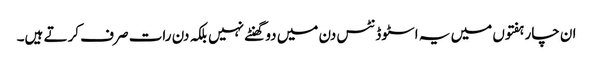
ان چار ہفتوں میں یہ اسٹوڈنٹس دن میں دو گھنٹے نہیں بلکہ دن رات صرف کرتے ہیں۔